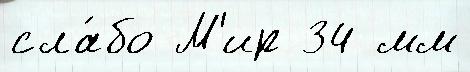
сла́бо М'ир 34 мм